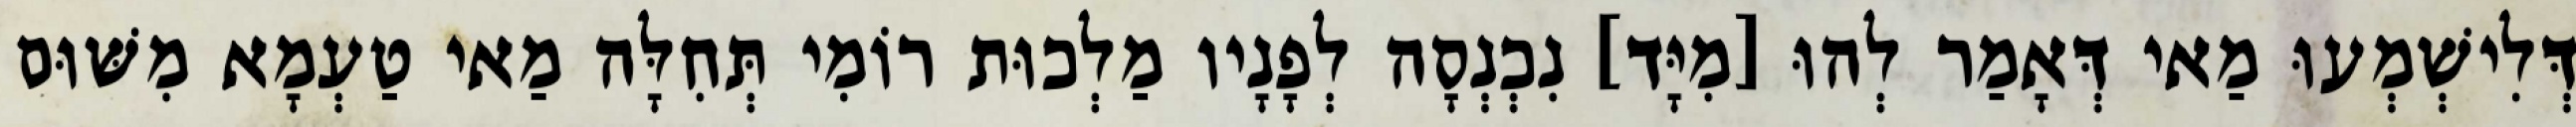
דְּלִישְׁמְעוּ מַאי דְּאָמַר לְהוּ [מִיָּד] נִכְנְסָה לְפָנָיו מַלְכוּת רוֹמִי תְּחִלָּה מַאי טַעְמָא מִשּׁוּם